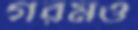
গরমও